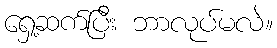
ရှေ့ဆက်ပြီး ဘာလုပ်မလဲ။